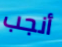
أنجب